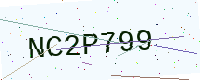
Text: NC2P799